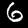
Label: 6